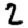
Digit: 2